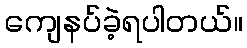
ကျေနပ်ခဲ့ရပါတယ်။